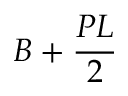
B + { \frac { P L } { 2 } } \,